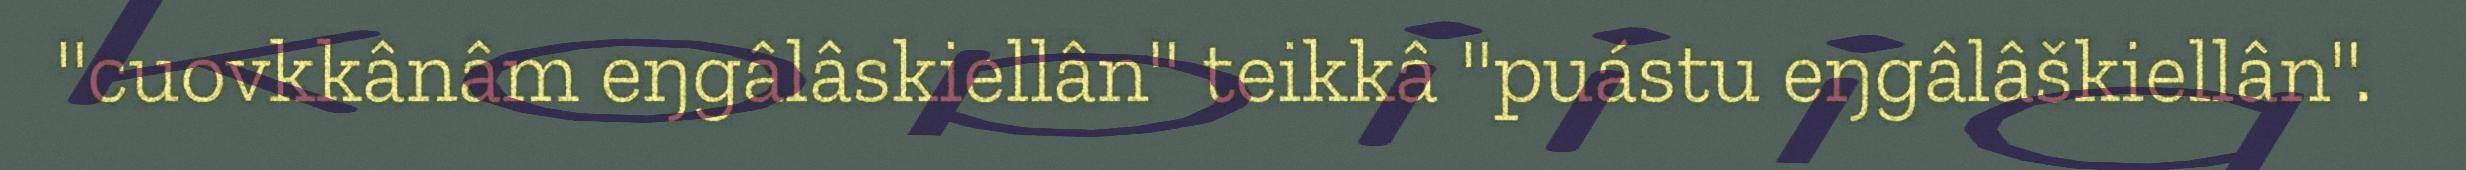
"cuovkkânâm eŋgâlâskiellân" teikkâ "puástu eŋgâlâškiellân".